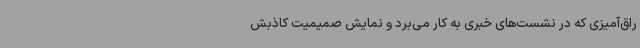
راق‌آمیزی که در نشست‌های خبری به‌ کار می‌برد و نمایش صمیمیت کاذبش